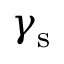
\gamma _ { \mathrm { s } }